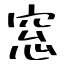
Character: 窓